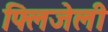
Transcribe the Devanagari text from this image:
फ्लिजेली